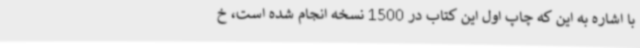
با اشاره به این که چاپ اول این کتاب در 1500 نسخه انجام شده است، خ